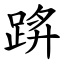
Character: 䟸